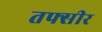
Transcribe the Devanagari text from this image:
तफ्सीर